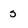
Character: 5